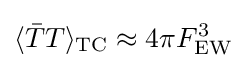
\langle {\bar {T}}T\rangle _{\text{TC}}\approx 4\pi F_{\text{EW}}^{3}